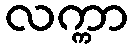
လက္ကာ